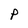
Character: P